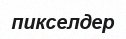
пикселдер